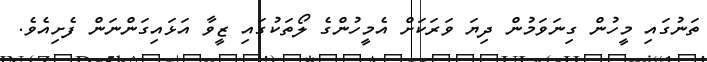
ތަނުގައި މީހުން ގިނަވަމުން ދިޔަ ވަރަކަށް އެމީހުންގެ ލޯތަކުގައި ޒީވާ އަޅައިގަންނަން ފެށިއެވެ.